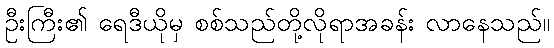
ဦးကြီး၏ ရေဒီယိုမှ စစ်သည်တို့လိုရာအခန်း လာနေသည်။